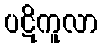
ပဋိကူလာ